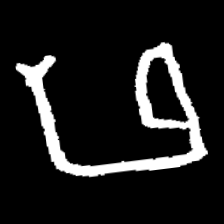
Pyu character \u2014 Myanmar letter: ဖ (romanized: pha)